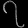
Digit: ၇